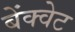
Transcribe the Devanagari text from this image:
बेंक्वेट